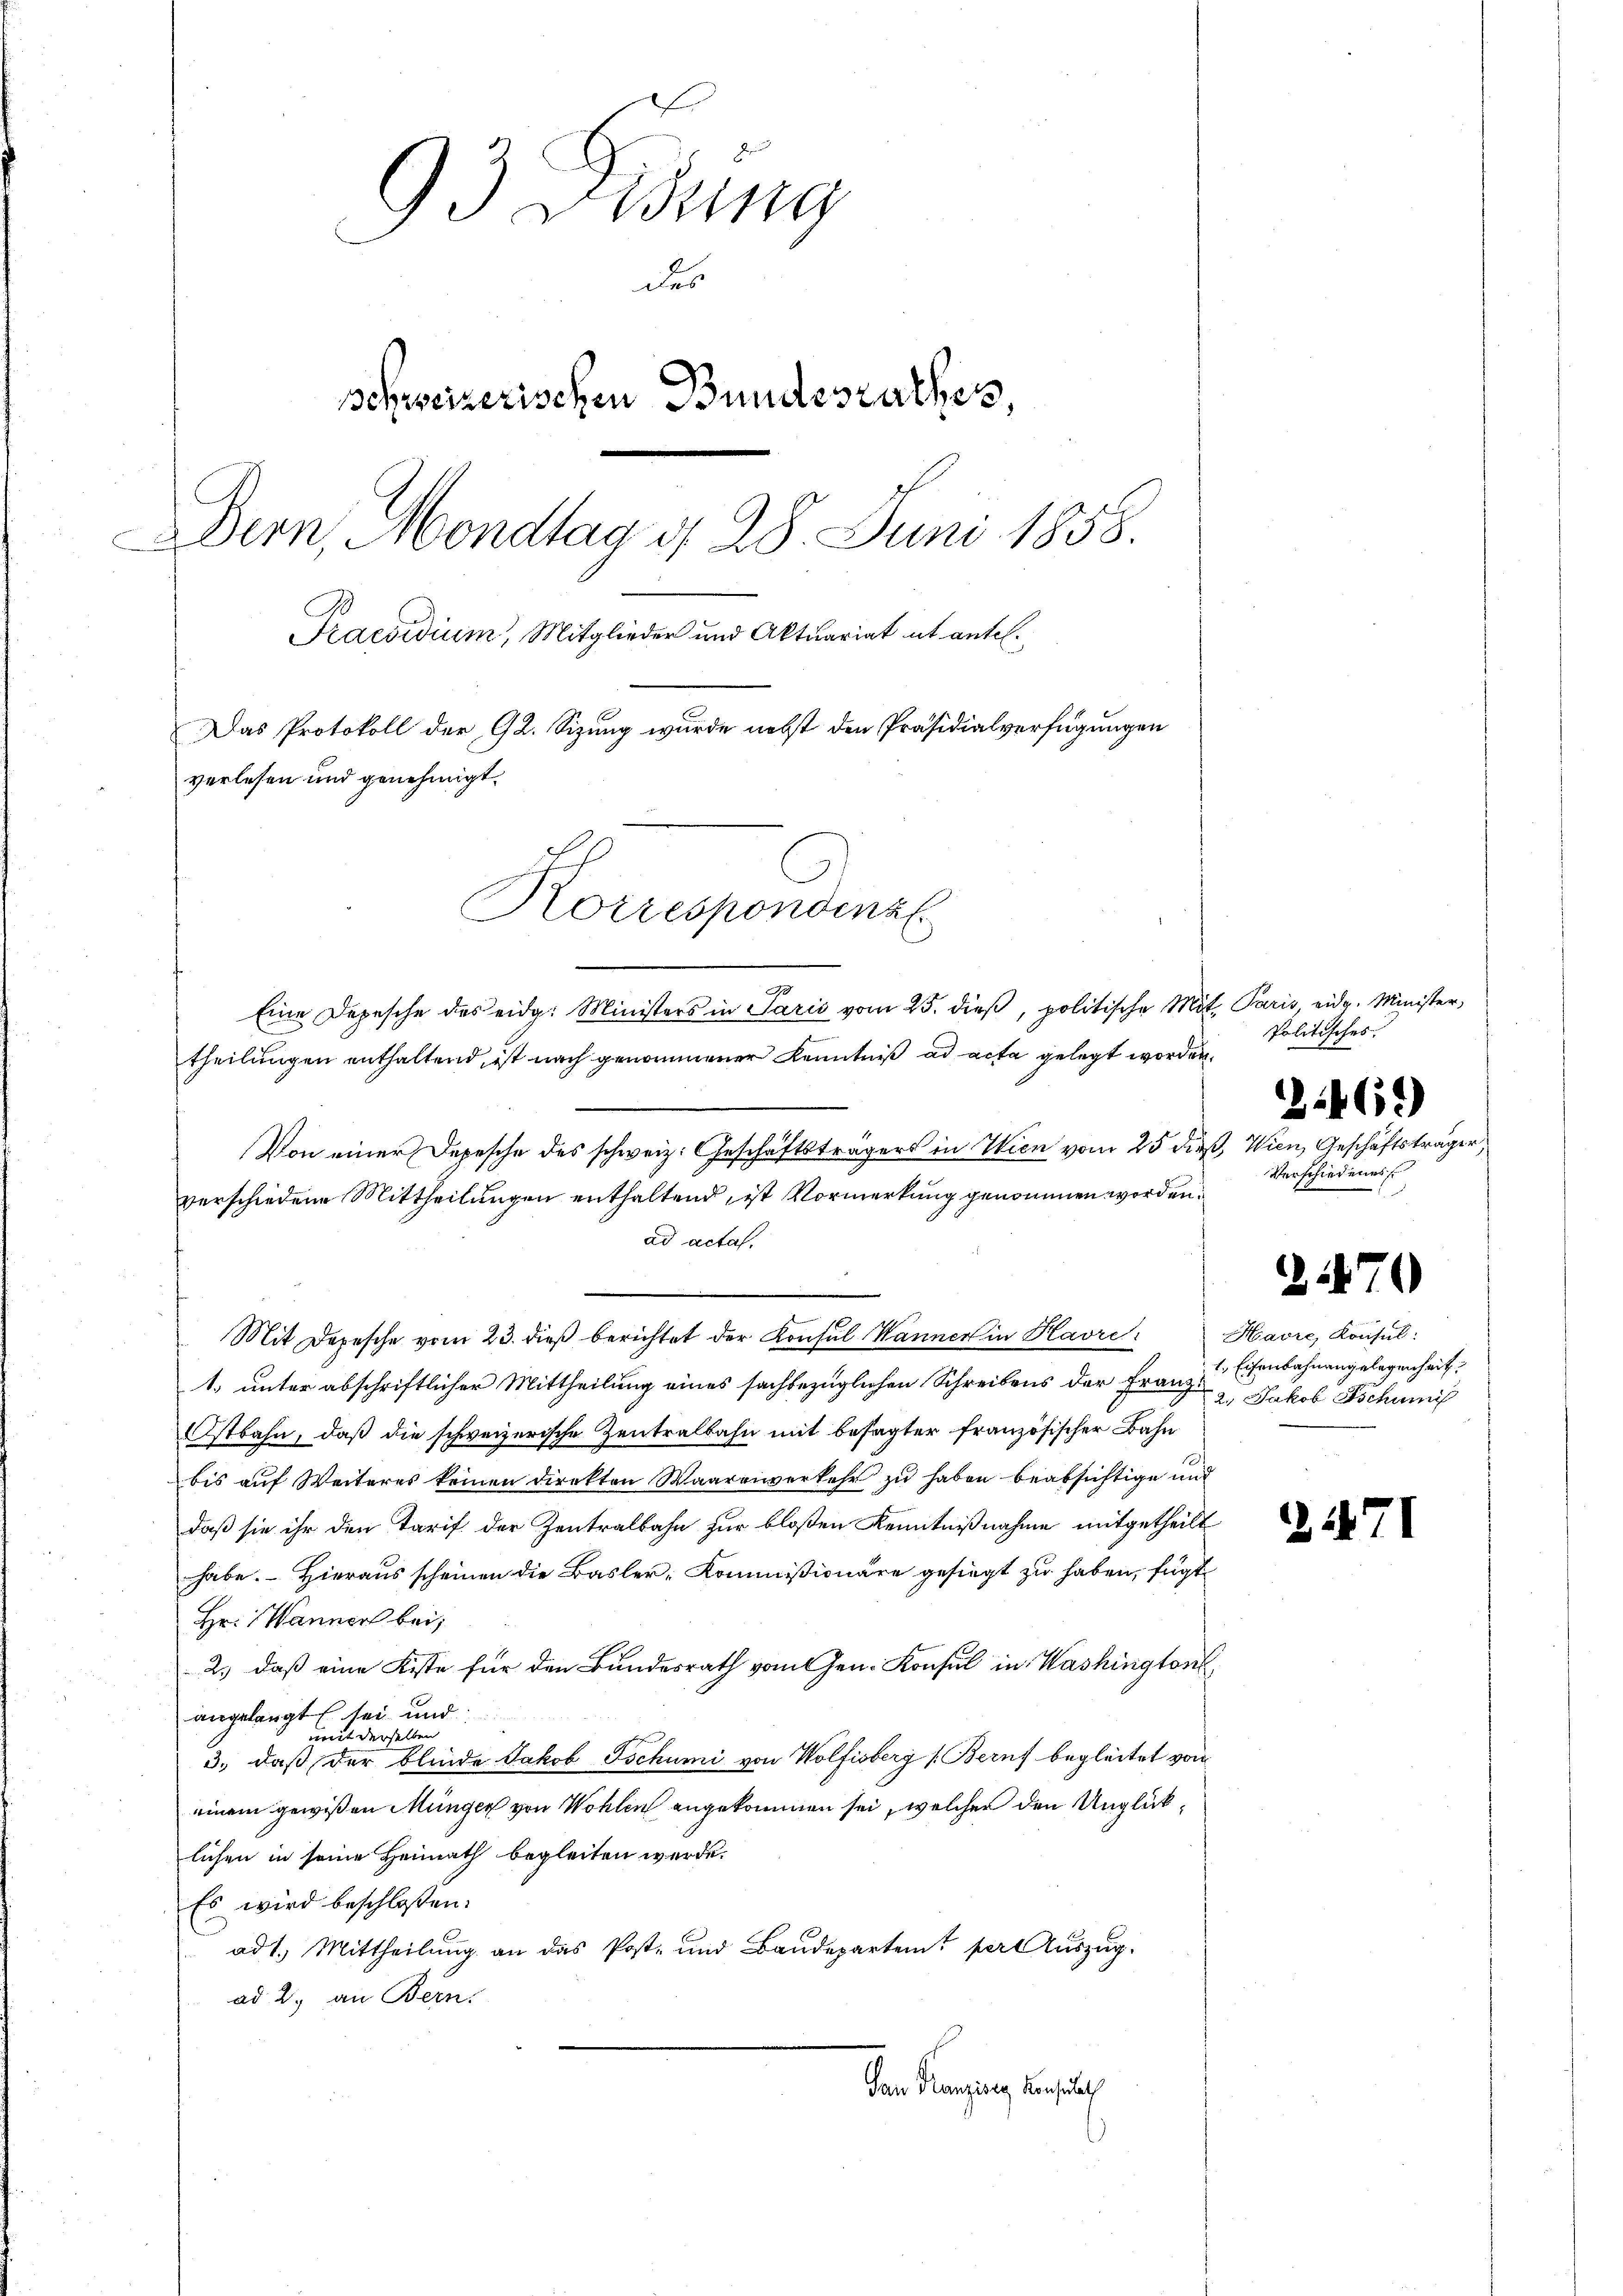
93 Didung
des
schweizerischen Bundesrathes
Dern, Mondtag d. 28. Juni 1858.
Praesidium, Mitglieder und Aktuariat ut antel.
Das Protokoll der 92. Sizung wurde nebst den Präsidialverfügungen
verlesen und genehmigt.
Korrespondinz

Eine Depesche des eidg. Ministers in Paris vom 25. dieβ, politische Mit Paris, eidg. Minister,
theilungen enthaltend, ist nach genommener Kenntniß ad acta gelegt worden.
Von einer Depesche des schweiz. Geschäftsträgers in Wien vom 25 dieß, Wien, Geschäftsträger,
verschiedene Mittheilungen enthaltend, ist Vormerkung genommen worden.
ad actas.
1. unter abschriftlicher Mittheilung eines sachbezüglichen Schreibens der Franz¬
Ostbahn, daß die schweizerische Zentralbahn mit besagter französischer Bahn
bis auf Weiteres keinen Direkten Waarenverkehr zu haben beabsichtige und
daß sie ihr den Tarif der Zentralbahn zur bloßen Kenntnißnahme mitgetheilt
habe. Hieraus scheinen die Basler-Kommissionäre gesiegt zu haben, fügt
Hr. Wanner bei;
2.) daß eine Kiste für den Bundesrath vom Gen. Konsul in Washington
angelangt sei und
mit derselben
3., daß der Blinde Jakob Tschumi von Wolfisberg (Beruf begleitet vom
einem gewißen Münger von Wohlen angekommen sei, welcher den Unglücklichen in seine Heimath begleiten werde.
Es wird beschlossen:
 ad 1. Mittheilung an das Post- und Baudepartent pert Auszug.
ad 2., an Bern.
San Franzisig Konsulat

Mit Depesche vom 23. dieβ berichtet der Konsul Wanner in Havre: Havre, Konsul:

Politisches

Verschiedenes

1. Eisenbahnengelegenheit,
2., Jakob Tschun

2469)

2470

2471